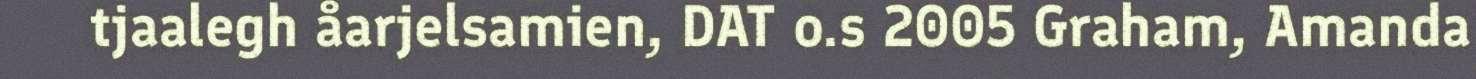
tjaalegh åarjelsamien, DAT o.s 2005 Graham, Amanda